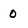
Character: 0